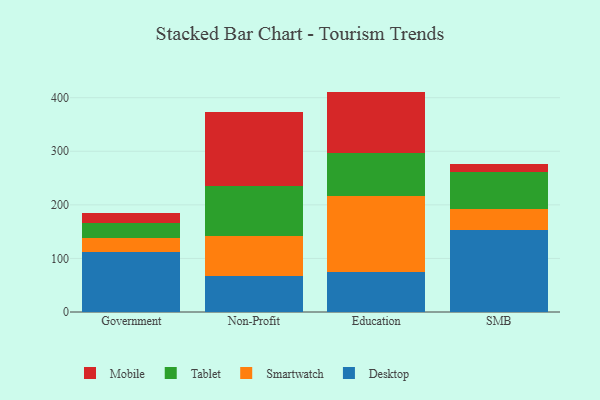
{"axis": {"x": "Segment", "y": "Revenue (USD Million)"}, "legend": ["Desktop", "Mobile", "Smartwatch", "Tablet"], "data": [{"x": "Government", "y": 111.1, "type": "Desktop"}, {"x": "Government", "y": 26.3, "type": "Smartwatch"}, {"x": "Government", "y": 28.1, "type": "Tablet"}, {"x": "Government", "y": 19.1, "type": "Mobile"}, {"x": "Non-Profit", "y": 66.5, "type": "Desktop"}, {"x": "Non-Profit", "y": 74.6, "type": "Smartwatch"}, {"x": "Non-Profit", "y": 93.7, "type": "Tablet"}, {"x": "Non-Profit", "y": 137.8, "type": "Mobile"}, {"x": "Education", "y": 73.8, "type": "Desktop"}, {"x": "Education", "y": 143.2, "type": "Smartwatch"}, {"x": "Education", "y": 79.2, "type": "Tablet"}, {"x": "Education", "y": 115.2, "type": "Mobile"}, {"x": "SMB", "y": 153.4, "type": "Desktop"}, {"x": "SMB", "y": 39.7, "type": "Smartwatch"}, {"x": "SMB", "y": 69.0, "type": "Tablet"}, {"x": "SMB", "y": 14.1, "type": "Mobile"}]}